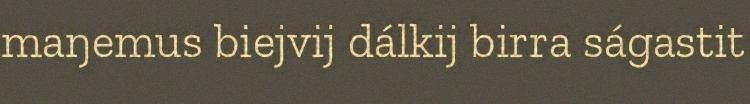
maŋemus biejvij dálkij birra ságastit